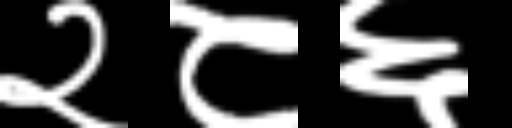
Text: २८६